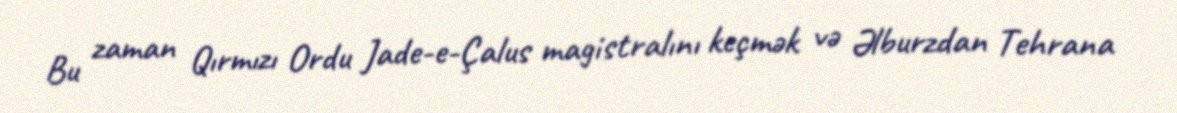
Bu zaman Qırmızı Ordu Jade-e-Çalus magistralını keçmək və Əlburzdan Tehrana